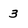
Character: 3